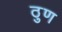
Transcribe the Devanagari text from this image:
ठुण